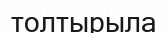
толтырыла